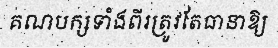
គណបក្សទាំងពីរត្រូវតែធានាឱ្យ